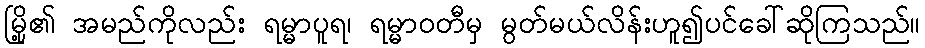
မြို့၏ အမည်ကိုလည်း ရမ္မာပူရ၊ ရမ္မာဝတီမှ မွတ်မယ်လိန်းဟူ၍ပင်ခေါ်ဆိုကြသည်။